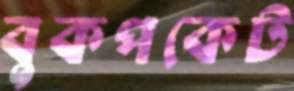
বুকপকেট